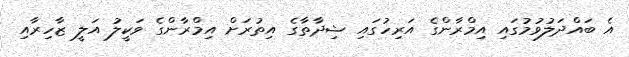
އެ ބައްދަލުވުމުގައި އިމްރާންގެ އަރިހުގައި ޝިދާތާގެ އިތުރަށް އިމްރާންގެ ވަކީލު އަލީ ޒާހިރާއި